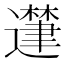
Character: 𮟘